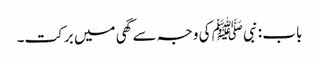
باب : نبیﷺ کی وجہ سے گھی میں برکت۔